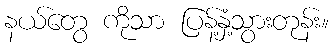
နယ်တွေ ကိုသာ ပြန့်နှံ့သွားတုန်း။